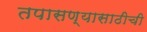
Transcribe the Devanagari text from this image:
तपासण्यासाठीची